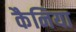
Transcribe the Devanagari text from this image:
कैनिया